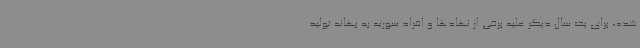
شده، برای یک سال دیگر علیه برخی از نهادها و افراد سوریه به بهانه تولید